Vaccination in Bombay 1856-1862 - 1856-1862
Year: 1856
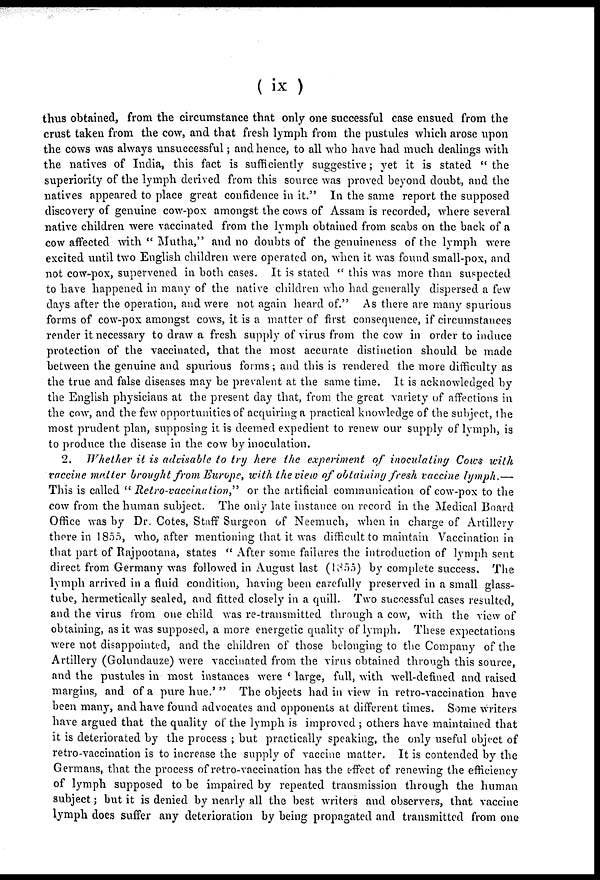
( ix)
thus obtained, from the circumstance that only one successful case ensued from the
crust taken from the cow, and that fresh lymph from the pustules which arose upon
the cows was always unsuccessful; and hence, to all who have had much dealings with
the natives of India, this fact is sufficiently suggestive; yet it is stated " the
superiority of the lymph derived from this source was proved beyond doubt, and the
natives appeared to place great confidence in it." In the same report the supposed
discovery of genuine cow-pox amongst the cows of Assam is recorded, where several
native children were vaccinated from the lymph obtained from scabs on the back of a
cow affected with " Mutha," and no doubts of the genuineness of the lymph were
excited until two English children were operated on, when it was found small-pox, and
not cow-pox, supervened in both cases. It is stated " this was more than suspected
to have happened in many of the native children who had generally dispersed a few
days after the operation, and were not again heard of." As there are many spurious
forms of cow-pox amongst cows, it is a matter of first consequence, if circumstances
render it necessary to draw a fresh supply of virus from the cow in order to induce
protection of the vaccinated, that the most accurate distinction should be made
between the genuine and spurious forms ; and this is rendered the more difficulty as
the true and false diseases may be prevalent at the same time. It is acknowledged by
the English physicians at the present day that, from the great variety of affections in
the cow, and the few opportunities of acquiring a practical knowledge of the subject, the
most prudent plan, supposing it is deemed expedient to renew our supply of lymph, is
to produce the disease in the cow by inoculation.
2. Whether it is advisable to try here the experiment of inoculating Cows with
vaccine matter brought from Europe, with the view of obtaining fresh vaccine lymph.—
This is called "Retro-vaccination,"
or the artificial communication of cow-pox to the
cow from the human subject. The only late instance on record in the Medical Board
Office was by Dr. Cotes, Staff Surgeon of Neemuch, when in charge of Artillery
there in 1855, who, after mentioning that it was difficult to maintain Vaccination in
that part of Rajpootana, states " After some failures the introduction of lymph sent
direct from Germany was followed in August last (1855) by complete success. The
lymph arrived in a fluid condition, having been carefully preserved in a small glass-
tube, hermetically sealed, and fitted closely in a quill. Two successful cases resulted,
and the virus from one child was re-transmitted through a cow, with the view of
obtaining, as it was supposed, a more energetic quality of lymph. These expectations
were not disappointed, and the children of those belonging to the Company of the
Artillery (Golundauze) were vaccinated from the virus obtained through this source,
and the pustules in most instances were ' large, full, with well-defined and raised
margins, and of a pure hue.' " The objects had in view in retro-vaccination have
been many, and have found advocates and opponents at different times. Some writers
have argued that the quality of the lymph is improved ; others have maintained that
it is deteriorated by the process ; but practically speaking, the only useful object of
retro-vaccination is to increase the supply of vaccine matter. It is contended by the
Germans, that the process of retro-vaccination has the effect of renewing the efficiency
of lymph supposed to be impaired by repeated transmission through the human
subject; but it is denied by nearly all the best writers and observers, that vaccine
lymph does suffer any deterioration by being propagated and transmitted from one